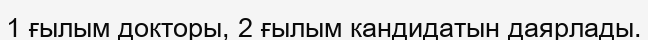
1 ғылым докторы, 2 ғылым кандидатын даярлады.